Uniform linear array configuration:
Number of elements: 24
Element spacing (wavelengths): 0.75
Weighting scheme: hann
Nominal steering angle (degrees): -15
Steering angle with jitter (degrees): -13.855
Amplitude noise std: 0.05
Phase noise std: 0.05

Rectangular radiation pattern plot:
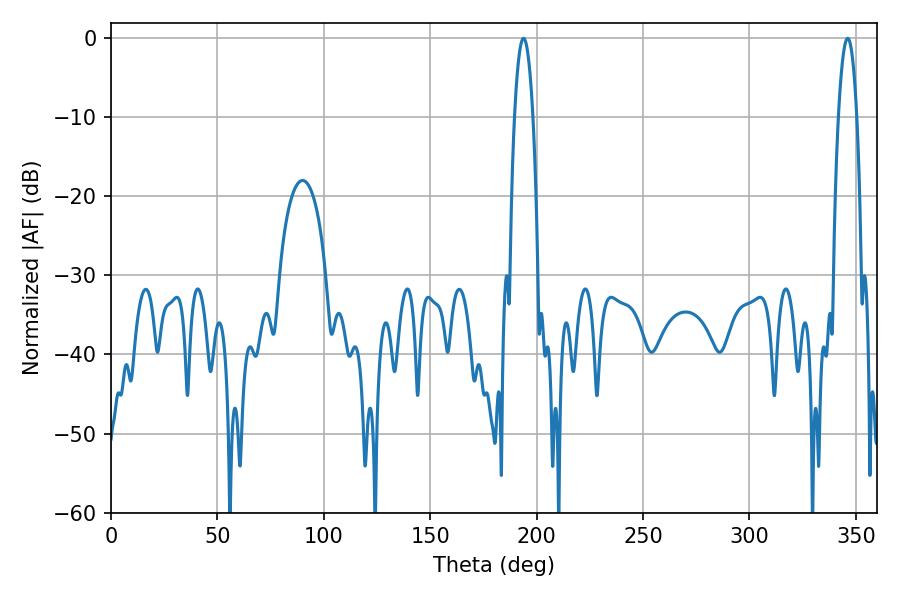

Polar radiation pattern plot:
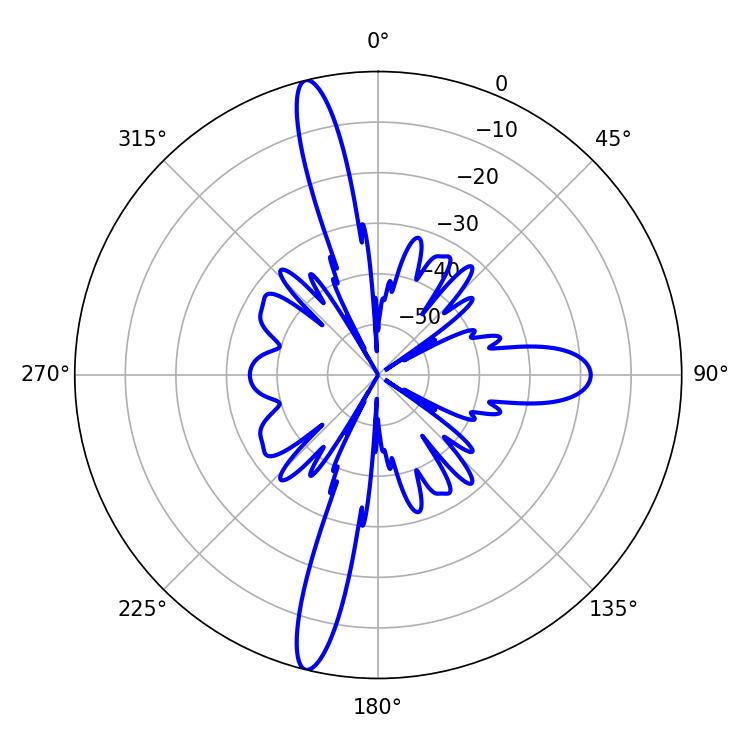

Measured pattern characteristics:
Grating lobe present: TRUE
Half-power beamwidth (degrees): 4.68
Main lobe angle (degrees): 193.86